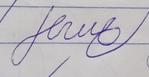
Signature authenticity: forged